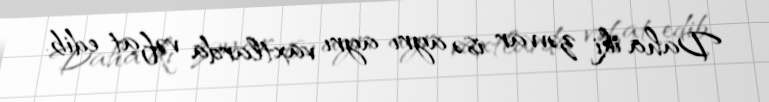
Daha iki zəvvar isə ayrı-ayrı vaxtlarda vəfat edib.